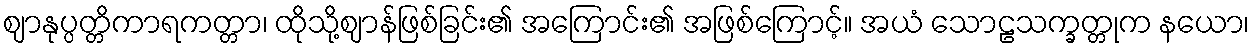
ဈာနုပ္ပတ္တိကာရကတ္တာ၊ ထိုသို့ဈာန်ဖြစ်ခြင်း၏ အကြောင်း၏ အဖြစ်ကြောင့်။ အယံ သောဠသက္ခတ္တုက နယော၊